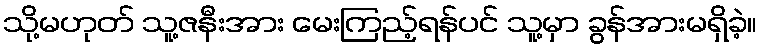
သို့မဟုတ် သူ့ဇနီးအား မေးကြည့်ရန်ပင် သူ့မှာ ခွန်အားမရှိခဲ့။